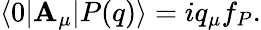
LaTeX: \langle0|\mathbf{A}_{\mu}|P(q)\rangle=iq_{\mu}f_{P}.